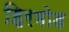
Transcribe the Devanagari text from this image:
हिरमोड